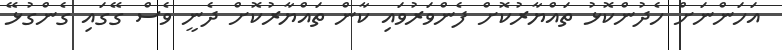
އަހަންނަށް ހެދުންކޮޅު ތައްޔާރުކޮށް ފެންވަރުވައި ކާން ތައްޔާރުކޮށް ދެނީ ވެސް ގޭގައި ގެންގުޅޭ